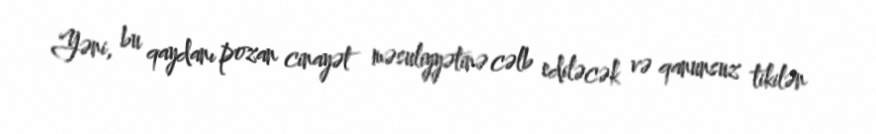
Yəni, bu qaydanı pozan cinayət məsuliyyətinə cəlb ediləcək və qanunsuz tikilən